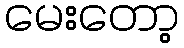
မေးတော့